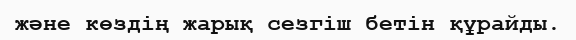
және көздің жарық сезгіш бетін құрайды.